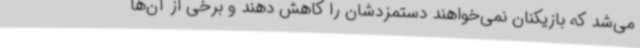
می‌شد که بازیکنان نمی‌خواهند دستمزدشان را کاهش دهند و برخی از آن‌ها